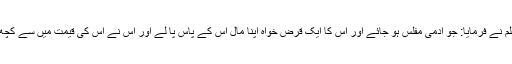
(دوسری سند)رسول اللہ ‌صلی ‌اللہ ‌علیہ ‌وآلہ ‌وسلم نے فرمایا: جو آدمی مفلس ہو جائے اور اس کا ایک قرض خواہ اپنا مال اس کے پاس پا لے اور اس نے اس کی قیمت میں سے کچھ بھی وصول نہ کیا ہو تو وہ مال اسی کا ہو گا۔